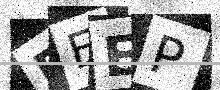
Text: BEEP